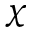
\chi